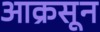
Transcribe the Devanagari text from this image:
आक्रसून